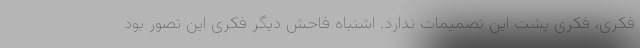
فکری، فکری پشت این تصمیمات ندارد. اشتباه فاحش دیگر فکری این تصور بود